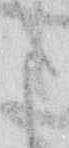
た